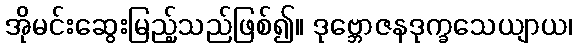
အိုမင်းဆွေးမြည့်သည်ဖြစ်၍။ ဒုဗ္ဘောဇနဒုက္ခသေယျာယ၊